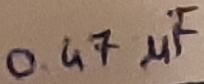
Text: 0.47µF